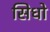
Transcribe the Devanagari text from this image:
सिधो